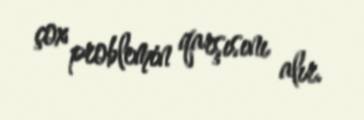
çox problemin qarşısını alır.